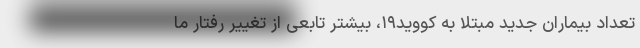
تعداد بیماران جدید مبتلا به کووید۱۹، بیشتر تابعی از تغییر رفتار ما